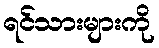
ရင်သားများကို